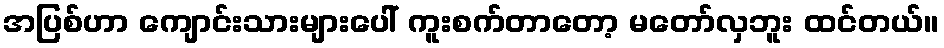
အပြစ်ဟာ ကျောင်းသားများပေါ် ကူးစက်တာတော့ မတော်လှဘူး ထင်တယ်။